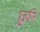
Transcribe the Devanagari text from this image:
छुरि